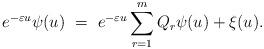
LaTeX: \begin{align*}e^{-\varepsilon u}\psi(u) \ = \ e^{-\varepsilon u}\sum_{r=1}^m Q_r\psi(u) + \xi(u).\end{align*}